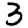
Digit: 3